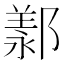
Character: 𫑩